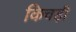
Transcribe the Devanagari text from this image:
किचड़ी